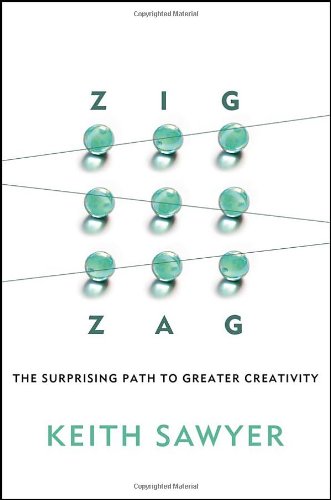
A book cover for Zig Zag: The Surprising Path to Greater Creativity; Keith Sawyer; Health, Fitness & Dieting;